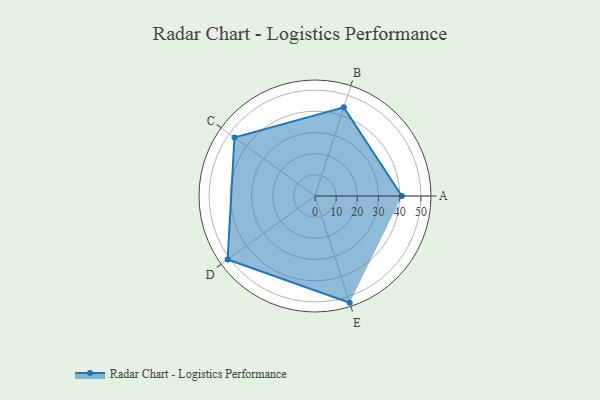
{"axis": {"x": "Skill", "y": "Score"}, "legend": ["Profile"], "data": [{"x": "A", "y": 41.0, "type": "Profile"}, {"x": "B", "y": 44.0, "type": "Profile"}, {"x": "C", "y": 47.0, "type": "Profile"}, {"x": "D", "y": 51.0, "type": "Profile"}, {"x": "E", "y": 53.0, "type": "Profile"}]}